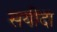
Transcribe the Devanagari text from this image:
सयीदा